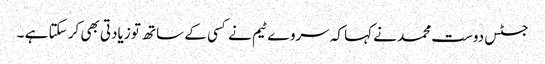
جسٹس دوست محمد نے کہا کہ سروے ٹیم نے کسی کے ساتھ تو زیادتی بھی کر سکتا ہے ۔